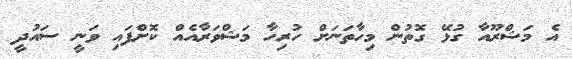
އެ މަޝްރޫއާ ގުޅޭ ގޮތުން މިހާތަނަށް ހުރިހާ މަޝްވަރާއެއް ކޮށްފައި ވަނީ ސައުދީ